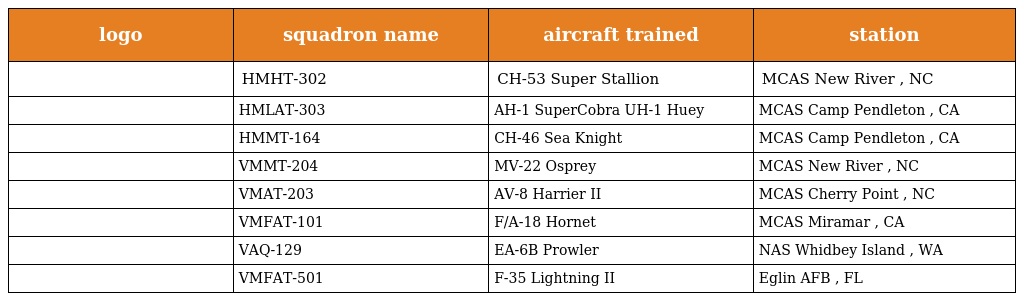
| logo | squadron name | aircraft trained | station |
 | --- | --- | --- | --- |
 |  | HMHT-302 | CH-53 Super Stallion | MCAS New River , NC |
 |  | HMLAT-303 | AH-1 SuperCobra UH-1 Huey | MCAS Camp Pendleton , CA |
 |  | HMMT-164 | CH-46 Sea Knight | MCAS Camp Pendleton , CA |
 |  | VMMT-204 | MV-22 Osprey | MCAS New River , NC |
 |  | VMAT-203 | AV-8 Harrier II | MCAS Cherry Point , NC |
 |  | VMFAT-101 | F/A-18 Hornet | MCAS Miramar , CA |
 |  | VAQ-129 | EA-6B Prowler | NAS Whidbey Island , WA |
 |  | VMFAT-501 | F-35 Lightning II | Eglin AFB , FL |